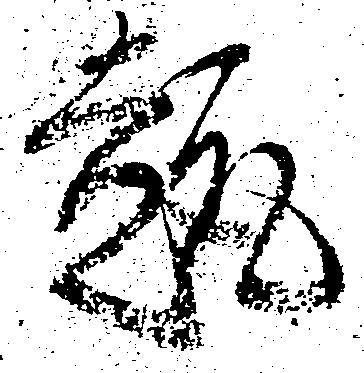
趣